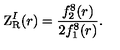
\mathrm { Z } _ { \mathrm { R } } ^ { I } ( r ) = { \frac { f _ { 2 } ^ { 8 } ( r ) } { 2 f _ { 1 } ^ { 8 } ( r ) } } .